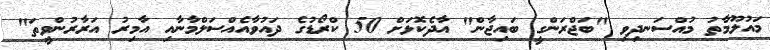
މައުލޫމާތު މުއްސަނދިވި "ބަޖްރަންގީ ބައިޖާން" އާދެކޮޅަށް 50 ކްރޯޑުގެ ދައުވާއެއްސަލްމާނާއި އާމިރު އަރާރުންވީތަ"